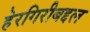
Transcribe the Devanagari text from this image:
हेरगिरीबद्दल